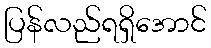
ပြန်လည်ရရှိအောင်